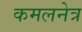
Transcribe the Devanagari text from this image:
कमलनेत्र